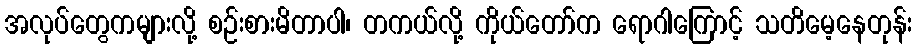
အလုပ်တွေကများလို့ စဉ်းစားမိတာပါ၊ တကယ်လို့ ကိုယ်တော်က ရောဂါကြောင့် သတိမေ့နေတုန်း